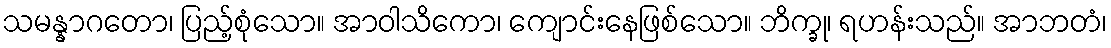
သမန္နာဂတော၊ ပြည့်စုံသော။ အာဝါသိကော၊ ကျောင်းနေဖြစ်သော။ ဘိက္ခု၊ ရဟန်းသည်။ အာဘတံ၊